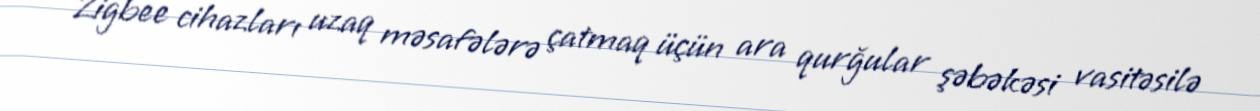
Zigbee cihazları uzaq məsafələrə çatmaq üçün ara qurğular şəbəkəsi vasitəsilə